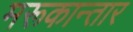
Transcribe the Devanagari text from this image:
मरूकान्तार